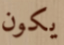
يكون